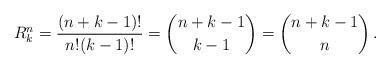
LaTeX: \begin{align*} R_k^n = \frac{(n+k-1)!}{n!(k-1)!} = \binom{ n + k - 1}{ k - 1} = \binom{ n + k - 1}{ n }\,.\end{align*}